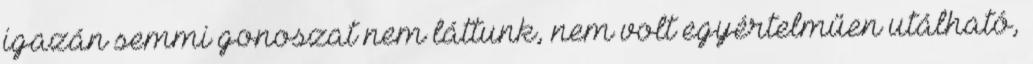
igazán semmi gonoszat nem láttunk, nem volt egyértelműen utálható,